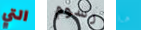
التي رسوم ما